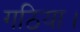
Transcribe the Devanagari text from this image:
गठिया।